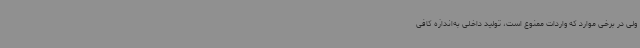
ولی در برخی موارد که واردات ممنوع است، تولید داخلی به‌اندازه کافی